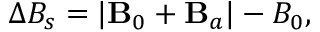
\Delta B _ { s } = | \mathbf { B } _ { 0 } + \mathbf { B } _ { a } | - B _ { 0 } ,